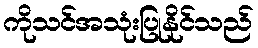
ကိုသင်အသုံးပြုနိုင်သည်